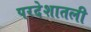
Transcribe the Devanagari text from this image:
परदेशातली